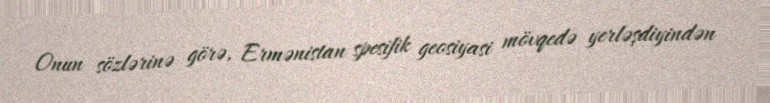
Onun sözlərinə görə, Ermənistan spesifik geosiyasi mövqedə yerləşdiyindən